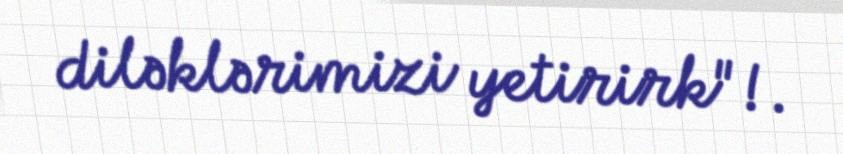
diləklərimizi yetirirk"!.